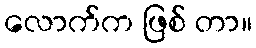
လောက်က ဖြစ် တာ။